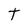
Character: t